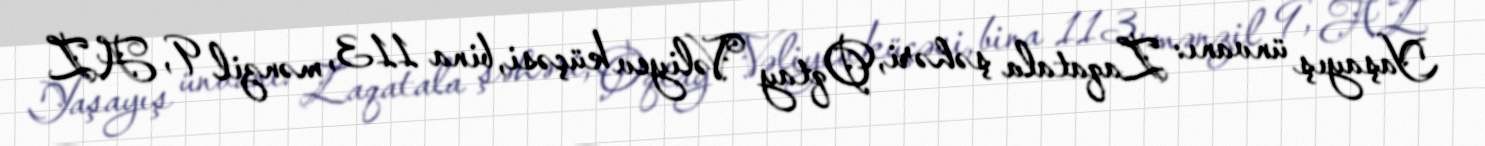
Yaşayış ünvanı: Zaqatala şəhəri, Oqtay Vəliyev küçəsi, bina 113, mənzil 9, AZ